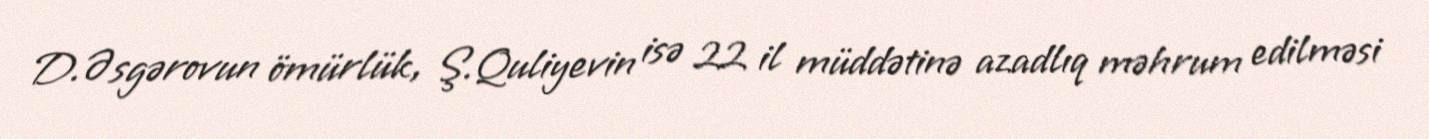
D.Əsgərovun ömürlük, Ş.Quliyevin isə 22 il müddətinə azadlıq məhrum edilməsi